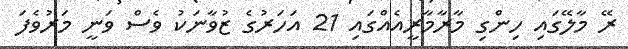
ރޭ މާލޭގައި ހިންގި މާރާމާރީއެއްގައި 21 އަހަރުގެ ޒުވާނަކު ވެސް ވަނީ މަރުވެފަ